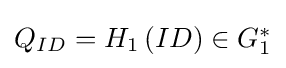
\textstyle Q_{ID}=H_{1}\left(ID\right)\in G_{1}^{*}